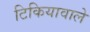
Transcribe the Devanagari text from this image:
टिकियावाले